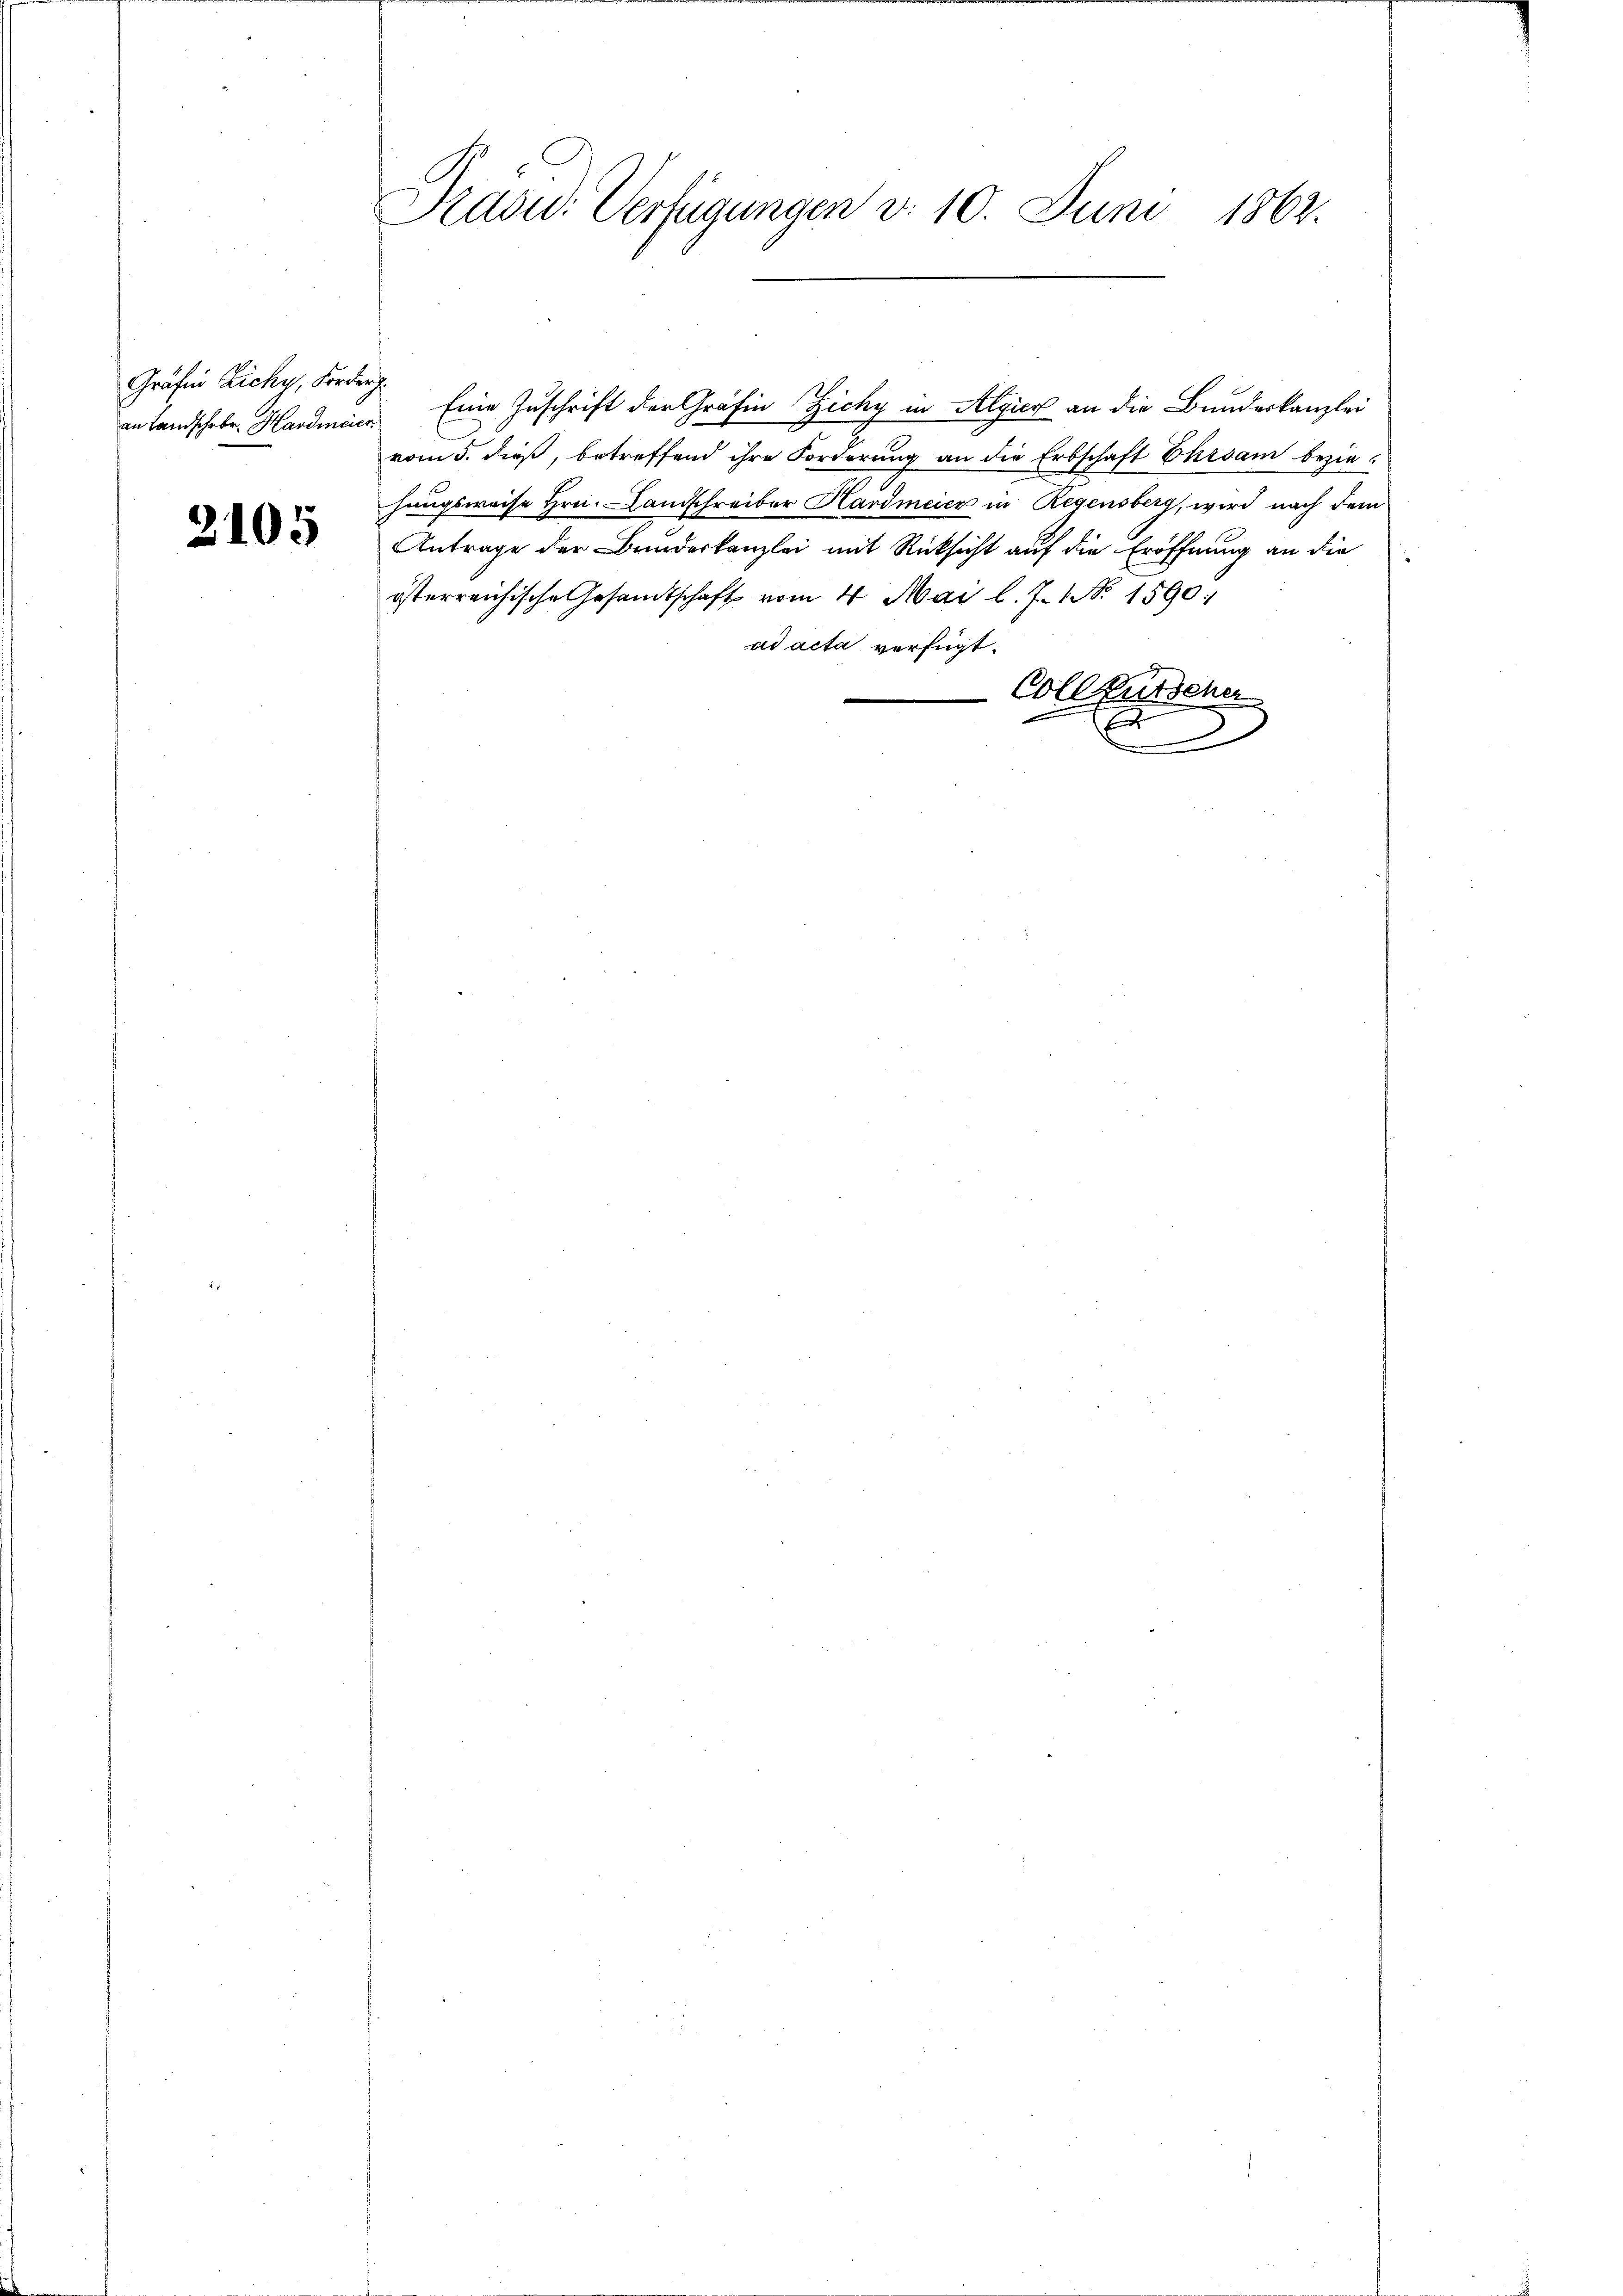
Gräfin Zichy, Forder.
an Landschrbr. Hardmeier

2105

Kasid. Verfügungen d. 10. Juni 1862.

Eine Zuschrift der Gräfin Zichy in Algier an die Bundeskanzlei
vom 5. dieß, betreffend ihre Forderung an die Erbschaft Ehrsam beziehungsweise Hrn. Landschreiber Hardmeier in Regensberg, wird nach dem
Antrage der Bundeskanzlei mit Rücksicht auf die Eröffnung an die
österreichische Gesandtschaft vom 4. Mai l. J. No. 1590:
ad acta verfügt:
Collkutscher

E
x